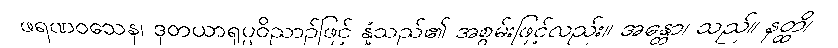
ဖရဏဝသေန၊ ဒုတယာရုပ္ပဝိညာဉ်ဖြင့် နှံ့သည်၏ အစွမ်းဖြင့်လည်း။ အန္တော၊ သည်။ နတ္ထိ၊